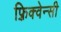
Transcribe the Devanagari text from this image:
फ़्रिक्वेन्सी